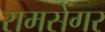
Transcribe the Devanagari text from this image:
रामसेंगर